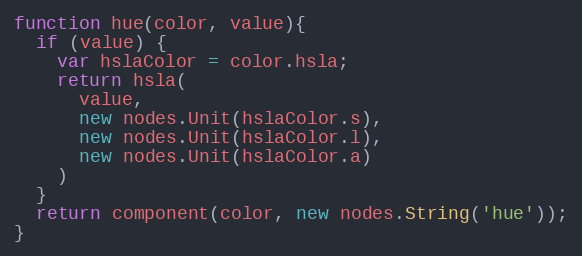
Language: JavaScript
function hue(color, value){
  if (value) {
    var hslaColor = color.hsla;
    return hsla(
      value,
      new nodes.Unit(hslaColor.s),
      new nodes.Unit(hslaColor.l),
      new nodes.Unit(hslaColor.a)
    )
  }
  return component(color, new nodes.String('hue'));
}